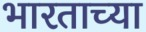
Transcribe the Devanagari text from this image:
भारताच्‍या